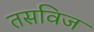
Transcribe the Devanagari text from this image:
तसविज